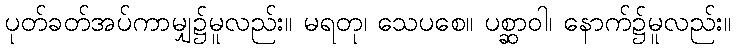
ပုတ်ခတ်အပ်ကာမျှ၌မူလည်း။ မရတု၊ သေပစေ။ ပစ္ဆာဝါ၊ နောက်၌မူလည်း။